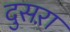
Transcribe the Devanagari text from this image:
दुसऱा